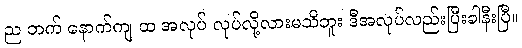
ည ဘက် နောက်ကျ ထ အလုပ် လုပ်လို့လားမသိဘူး ဒီအလုပ်လည်းပြီးခါနီးပြီ။